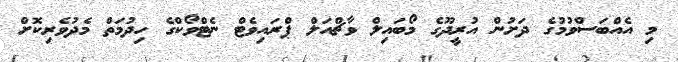
މި އެއްބަސްވުމުގެ ދަށުން އުރީދޫގެ މޯބައިލް ވާޗްއަލް ޕްރައިވެޓް ނެޓްވޯކްގެ ހިދުމަތް މެދުވެރިކޮށް